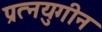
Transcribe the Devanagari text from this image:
प्रत्नयुगीन